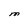
Character: M